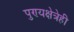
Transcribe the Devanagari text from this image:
पुण्यक्षेत्रेही